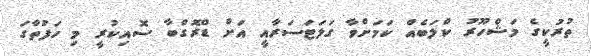
ތުރުކީގެ މަޝްހޫރު ކްލަބެއް ކަމަށްވާ ގަލަޓަސަރާއީ އަށް ޑްރޮގްބާ ސޮއިކުރީ މި ހަފުތާގަ